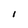
Character: l